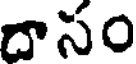
దాసం